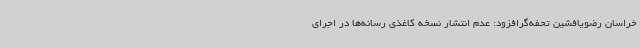
خراسان رضویافشین تحفه‌گرافزود: عدم انتشار نسخه کاغذی رسانه‌ها در اجرای